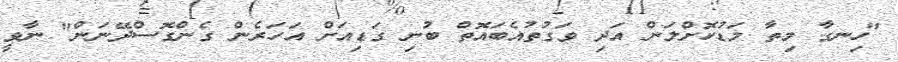
"ހިނގާ މިތާ މަޑުކޮށްލަން އަދި ވަގުތުއެބައޮތް ބުނި ގަޑިއަށް އަހަރެން ގެންގޮސްދޭނަން" ނާވީ